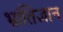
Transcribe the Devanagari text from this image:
भ्रांतिज्ञान